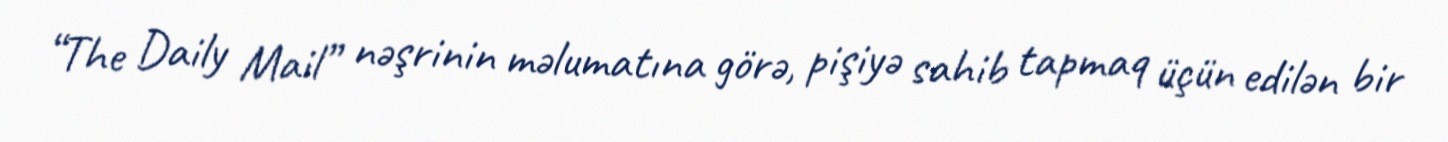
“The Daily Mail” nəşrinin məlumatına görə, pişiyə sahib tapmaq üçün edilən bir